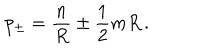
p _ { \pm } = \displaystyle \frac { n } { R } \pm \displaystyle \frac { 1 } { 2 } m R \, .